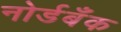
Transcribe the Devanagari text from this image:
नोर्डबँक